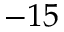
- 1 5